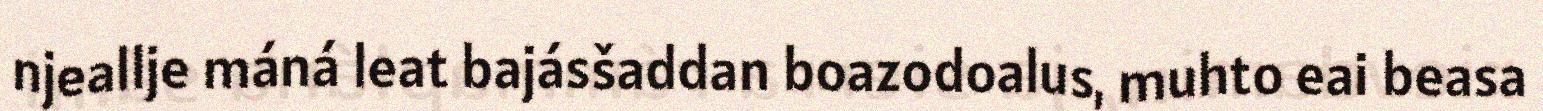
njeallje máná leat bajásšaddan boazodoalus, muhto eai beasa